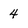
Character: 4